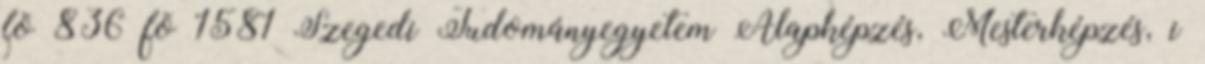
fõ 836 fõ 1581 Szegedi Tudományegyetem Alapképzés, Mesterképzés, i